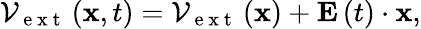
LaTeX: {\mathcal{V}}_{\mathrm{~e~x~t~}}\left({\mathbf x},t\right)={\mathcal{V}}_{\mathrm{~e~x~t~}}\left({\mathbf x}\right)+{\mathbf E}\left(t\right)\cdot{\mathbf x},